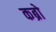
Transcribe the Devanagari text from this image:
कब्रो